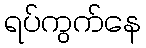
ရပ်ကွက်နေ